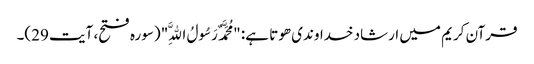
قرآن کریم میں ارشاد خداوندی ھوتا ہے: "مُحَمَّدٌ رَسُولُ اللَّهِ" (سورہ فتح، آیت 29)۔